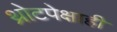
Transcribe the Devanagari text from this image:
थ्रोटपेक्षाही